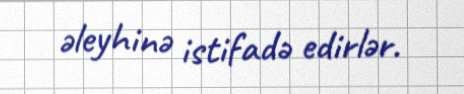
əleyhinə istifadə edirlər.